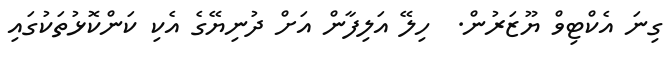
ގިނަ އެކްޓިވް ޔޫޒަރުން.  ހިލޭ އަލިފާން އަށް ދުނިޔޭގެ އެކި ކަންކޮޅުތަކުގައި